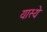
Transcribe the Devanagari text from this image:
यास्ये